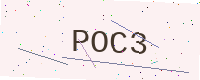
Text: POC3